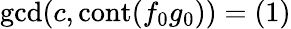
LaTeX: \operatorname*{gcd}(c,\operatorname{cont}(f_{0}g_{0}))=(1)